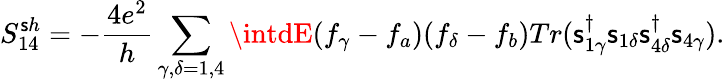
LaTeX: {S_{14}^{\mathsf{s}h}}=-\frac{{4e^{2}}}{{h}}\sum_{\gamma,\delta=1,4}\intdE(f_{\gamma}-f_{a})(f_{\delta}-f_{b})Tr(\mathsf{s}_{1\gamma}^{\dagger}\mathsf{s}_{1\delta}\mathsf{s}_{4\delta}^{\dagger}\mathsf{s}_{4\gamma}).